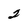
Character: 2